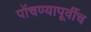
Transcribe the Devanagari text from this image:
पोंचण्यापूर्वीच